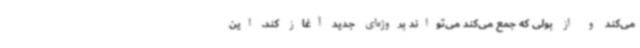
می‌کند و از پولی که جمع می‌کند می‌تواند پروژه‌ای جدید آغاز کند. این‌